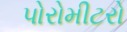
પોરોમીટરો